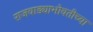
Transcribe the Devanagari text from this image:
राजवाड्याभोवतीच्या